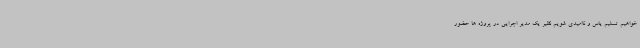
خواهیم تسلیم یاس و ناامیدی شویم نظیر یک مدیر اجرایی در پروژه ها حضور